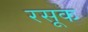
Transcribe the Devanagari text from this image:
रसूक